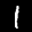
Label: 1